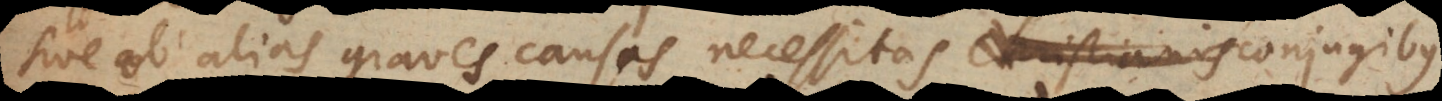
sive ob alias graves causas necessitas Christianis conjugibus